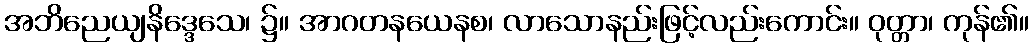
အဘိညေယျနိဒ္ဒေသေ၊ ၌။ အာဂတနယေနစ၊ လာသောနည်းဖြင့်လည်းကောင်း။ ဝုတ္တာ၊ ကုန်၏။